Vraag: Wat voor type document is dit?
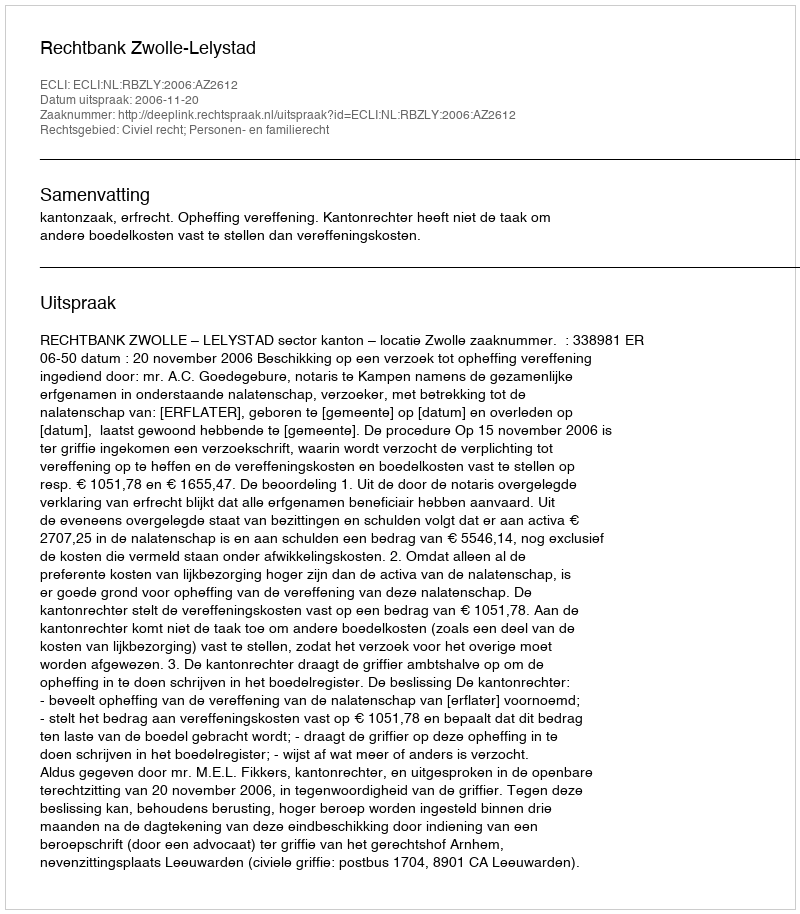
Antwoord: Uitspraak